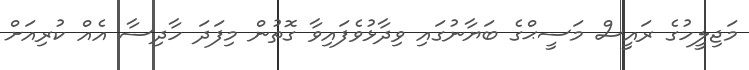
މަޖިލީހުގެ ރައީސް މަސީޙްގެ ބަޔާނުގައި ވިދާޅުވެފައިވާ ގޮތުން މިފަދަ ހާދިސާ އެއް ކުރިއަށް